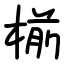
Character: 椾